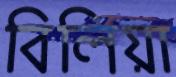
বিলিয়া